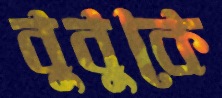
বুবুকে